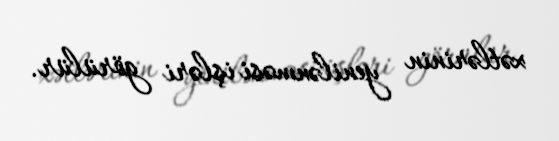
xətlərinin yenilənməsi işləri görülür.